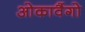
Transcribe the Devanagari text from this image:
ओकावैंगो